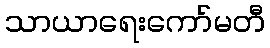
သာယာရေးကော်မတီ